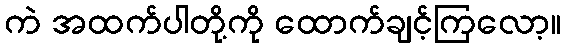
ကဲ အထက်ပါတို့ကို ထောက်ချင့်ကြလော့။